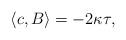
LaTeX: \begin{align*} \langle c,B\rangle = -2\kappa\tau, \end{align*}